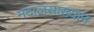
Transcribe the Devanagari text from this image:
मदालसाख्यान